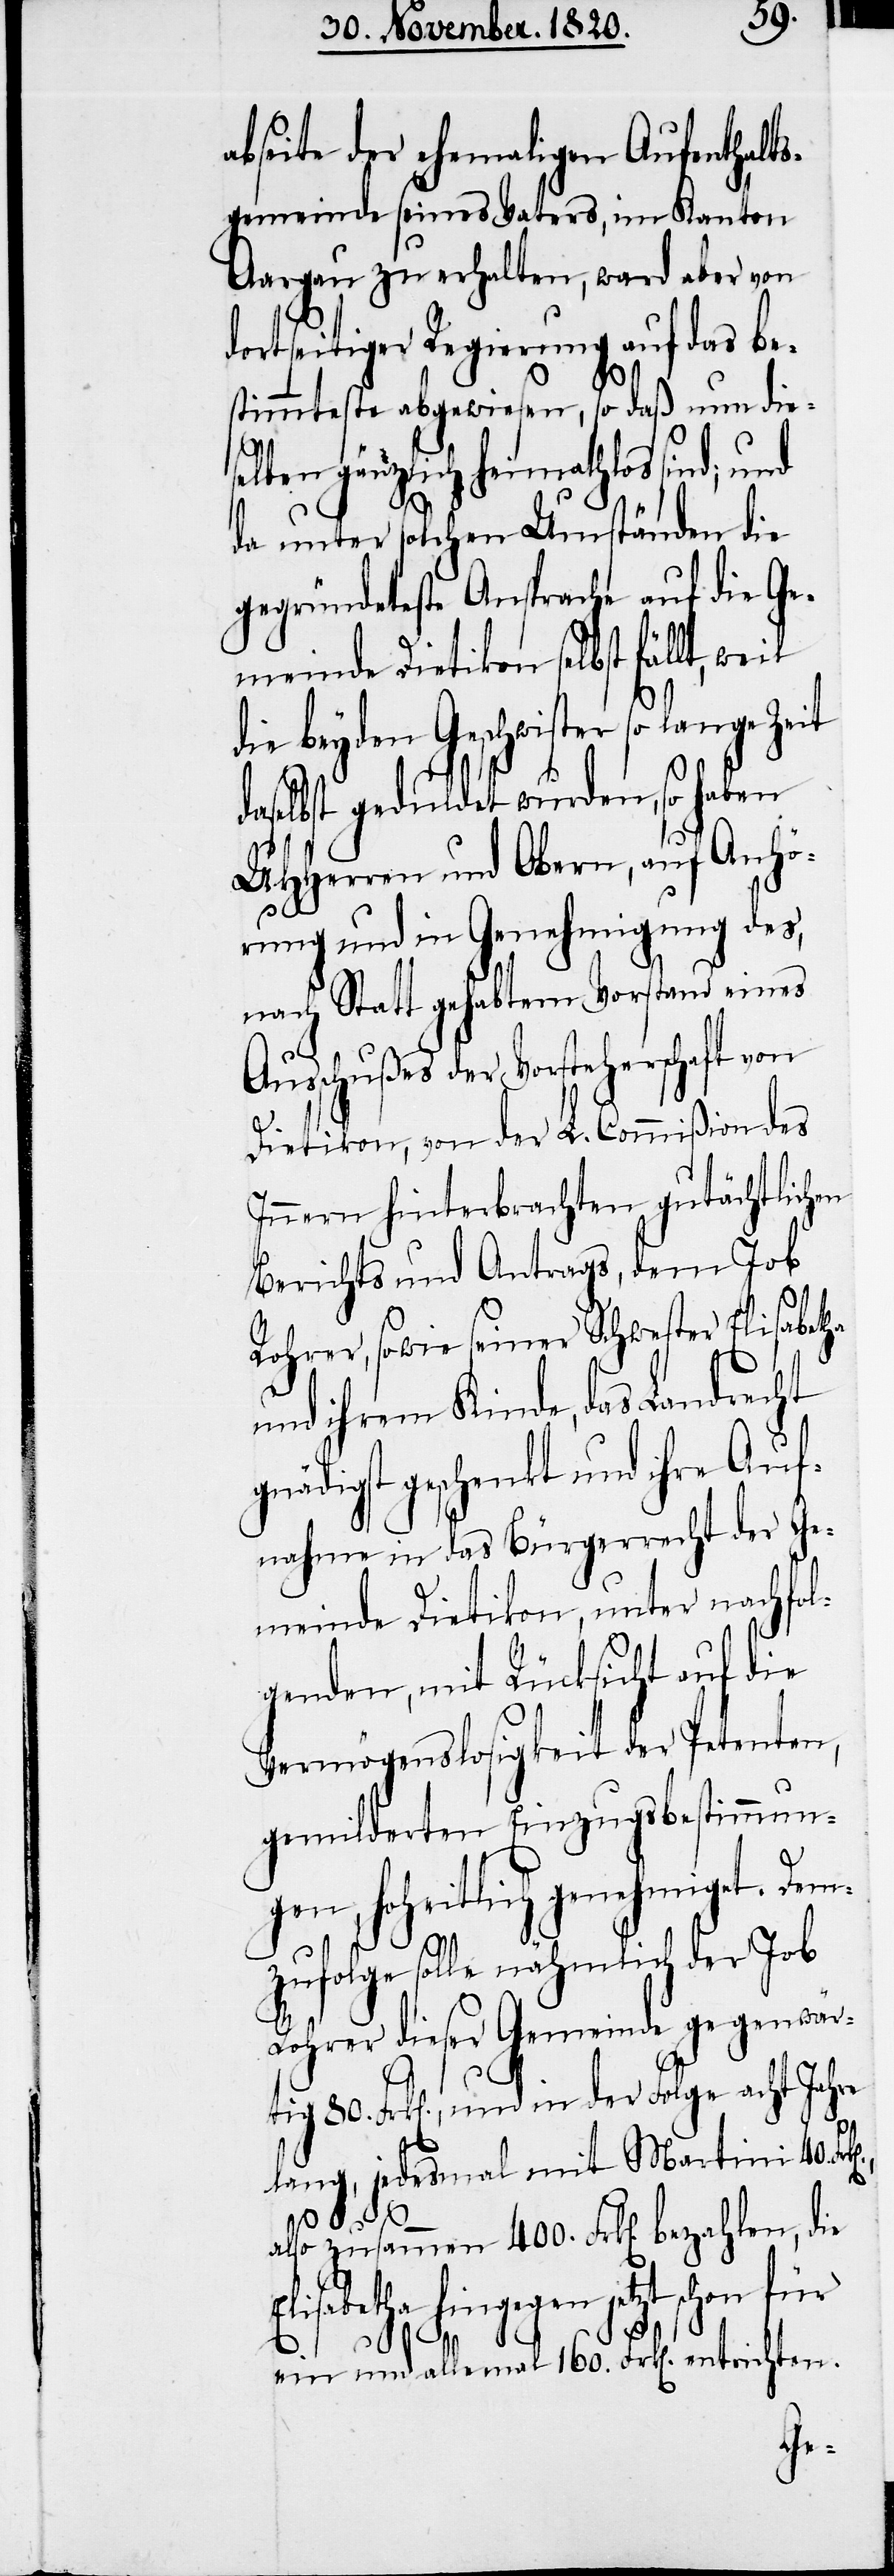
abseite der ehemaligen Aufenthalts¬
gemeinde seines Vaters, im Kanton
Aargau zu erhalten, ward aber von
dortseitiger Regierung auf das be¬
stimmteste abgewiesen, so daß nun dies¬
elben gänzlich heimathlos sind;
da unter solchen Umständen die
gegründeteste Ansprache auf die Ge¬
meinde Dietikon selbst fällt,
die beyden Geschwister so lange Zeit
daselbst geduldet wurden, so haben
UHHerren und Obern, auf Anhö¬
rung und in Genehmigung des,
nach Statt gehabtem Vorstand eines
Ausschußes der Vorsteherschaft von
Dietikon, von der L. Commißion des
Innern hinterbrachten gutächtlichen
Berichts und Antrags, Job
Rohrer, sowie seiner Schwester Elisabetha
und ihrem Kinde, das Landrecht
gnädigst geschenkt und ihre Auf¬
nahme in das Bürgerrecht der Ge¬
meinde Dietikon, unter nachfol¬
genden, mit Rücksicht auf die
Vermögenslosigkeit der Petenten,
gemildertem Einzugsbestimmun¬
gen, hoheitlich genehmiget. Dem¬
zufolge solle nähmlich der Job
Rohrer dieser Gemeinde gegenwär¬
tig 80. Frk[en]., und in der Folge acht Jahre
lang, jedesmal mit Martini 40.
also zusammen 400. Frk[en]. bezahlen, die
hingegen jetzt schon für
ein und allemal 160. Frk[en]. entrichten.